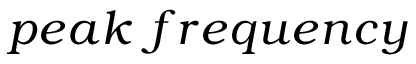
p e a k \ f r e q u e n c y